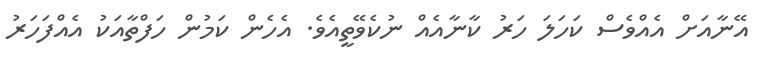
އޭނާއަށް އެއްވެސް ކަހަލަ ހަރު ކާނާއެއް ނުކެވޭތީއެވެ. އެހެން ކަމުން ހަފްތާއަކު އެއްފަހަރު